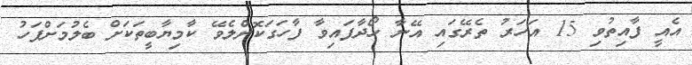
އެއީ ފާއިތުވި 15 އަހަރު ތެރޭގައި އޭނާ ހޯދާފައިވާ ފާހަގަކޮށްލެވޭ ކާމިޔާބީތަކަށް ބެލުމަށްފަހު